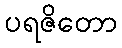
ပရဇိတော